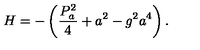
H = - \left( \frac { P _ { a } ^ { 2 } } { 4 } + a ^ { 2 } - g ^ { 2 } a ^ { 4 } \right) .